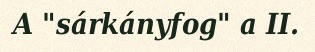
A "sárkányfog" a II.